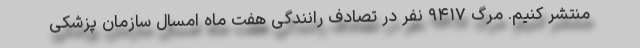
منتشر کنیم. مرگ ۹۴۱۷ نفر در تصادف رانندگی هفت ماه امسال سازمان پزشکی